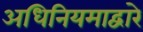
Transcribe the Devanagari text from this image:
अधिनियमाद्वारे